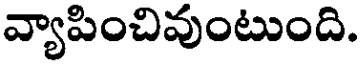
వ్యాపించివుంటుంది.